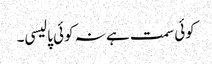
کوئی سمت ہے نہ کوئی پالیسی۔